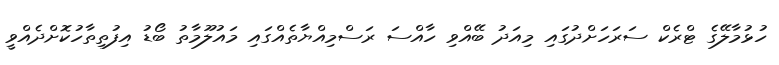
ހުޅުމާލޭގެ ޓްރެކް ސަރަހަށްދުގައި މިއަދު ބޭއްވި ހާއްސަ ރަސްމިއްޔާތެއްގައި މައުލޫމާތު ބޯޑު އިފުތިތާހުކޮށްދެއްވީ